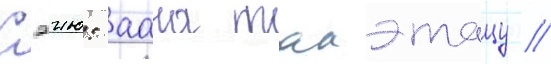
Сэию: аана такэтацу //